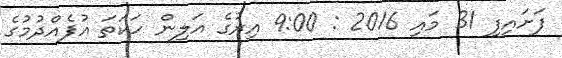
ފަށައިފި 31 މައި 2016 : 9:00 އިރުގެ އަލިން ހަކަތަ އުފެއްދުމުގެ